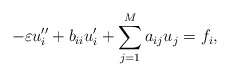
\begin{align*} -\varepsilon u_i'' + b_{ii}u_i' + \sum_{j=1}^M a_{ij}u_j = f_i,\end{align*}